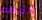
القطه